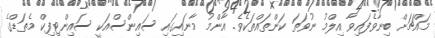
މައްޗަށް ބިނާވެފައިވާ އިލްމު ނުވަތަ ކަންތައްތަކެވެ. އާންމު މާނައިގައި ސައިންސްއަކީ ސައިންޓިފިކް މެތަޑްގެ